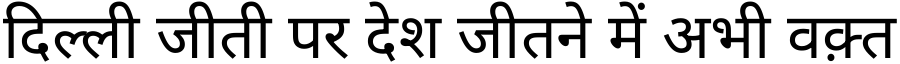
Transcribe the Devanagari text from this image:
दिल्ली जीती पर देश जीतने में अभी वक़्त